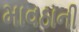
માવઠાની